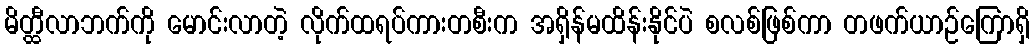
မိတ္ထီလာဘက်ကို မောင်းလာတဲ့ လိုက်ထရပ်ကားတစီးက အရှိန်မထိန်းနိုင်ပဲ စလစ်ဖြစ်ကာ တဖက်ယာဉ်ကြောရှိ